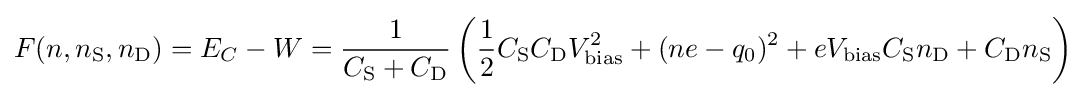
F(n,n_{\rm {S}},n_{\rm {D}})=E_{C}-W={\frac {1}{C_{\rm {S}}+C_{\rm {D}}}}\left({\frac {1}{2}}C_{\rm {S}}C_{\rm {D}}V_{\rm {bias}}^{2}+(ne-q_{0})^{2}+eV_{\rm {bias}}C_{\rm {S}}n_{\rm {D}}+C_{\rm {D}}n_{\rm {S}}\right)